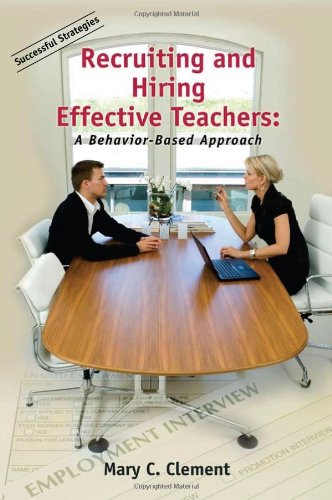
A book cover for Recruiting and Hiring Effective Teachers: A Behavior-Based Approach; Mary C. Clement; Business & Money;